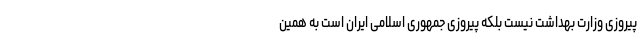
پیروزی وزارت بهداشت نیست بلکه پیروزی جمهوری اسلامی ایران است به همین